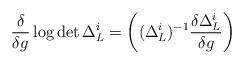
LaTeX: \begin{align*}\frac{\delta}{\delta g} \log \det \Delta^i_ L = \left( (\Delta^i_L)^{-1} \frac{ \delta \Delta_L^i}{\delta g} \right)\end{align*}